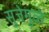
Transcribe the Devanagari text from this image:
सुजेमुळे